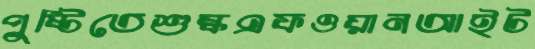
পুষ্টিতেশুষ্কএফওয়ানআইট